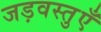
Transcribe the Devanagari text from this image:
जड़वस्तुएँ